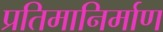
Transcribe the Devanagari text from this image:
प्रतिमानिर्माण